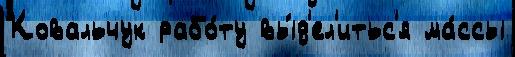
Ковальчук рабо́ту вы́д'ел'итьс'я ма́ссы